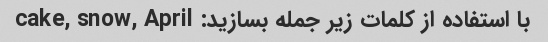
با استفاده از کلمات زیر جمله بسازید: cake, snow, April